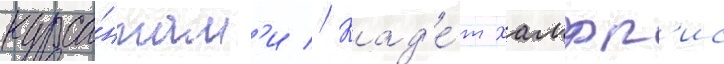
курса́нтам'и // Кад'е́т хамфр'ис